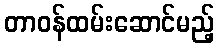
တာဝန်ထမ်းဆောင်မည့်